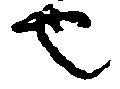
也